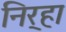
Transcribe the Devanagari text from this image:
निर्‍हा